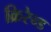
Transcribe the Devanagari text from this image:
क्रिरेन्ड